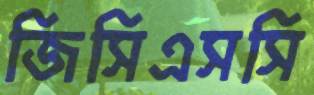
জিসিএসসি